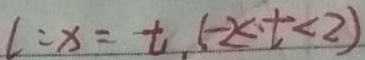
l : x = t , ( - 2 < t < 2 )